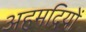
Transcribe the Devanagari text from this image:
अहमदियों